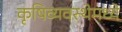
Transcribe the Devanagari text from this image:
कृषिव्यवस्थेमध्ये